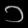
Digit: ၁